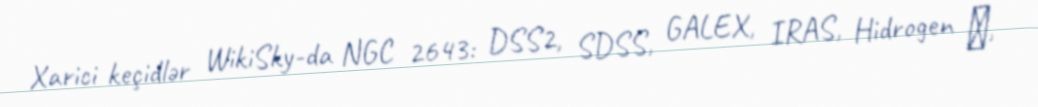
Xarici keçidlər WikiSky-da NGC 2643: DSS2, SDSS, GALEX, IRAS, Hidrogen α,